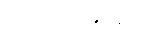
အဖွဲ့ချုပ်အနေဖြင့်